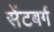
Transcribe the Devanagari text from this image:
सेंटबर्ग